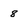
Character: 8